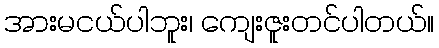
အားမငယ်ပါဘူး၊ ကျေးဇူးတင်ပါတယ်။